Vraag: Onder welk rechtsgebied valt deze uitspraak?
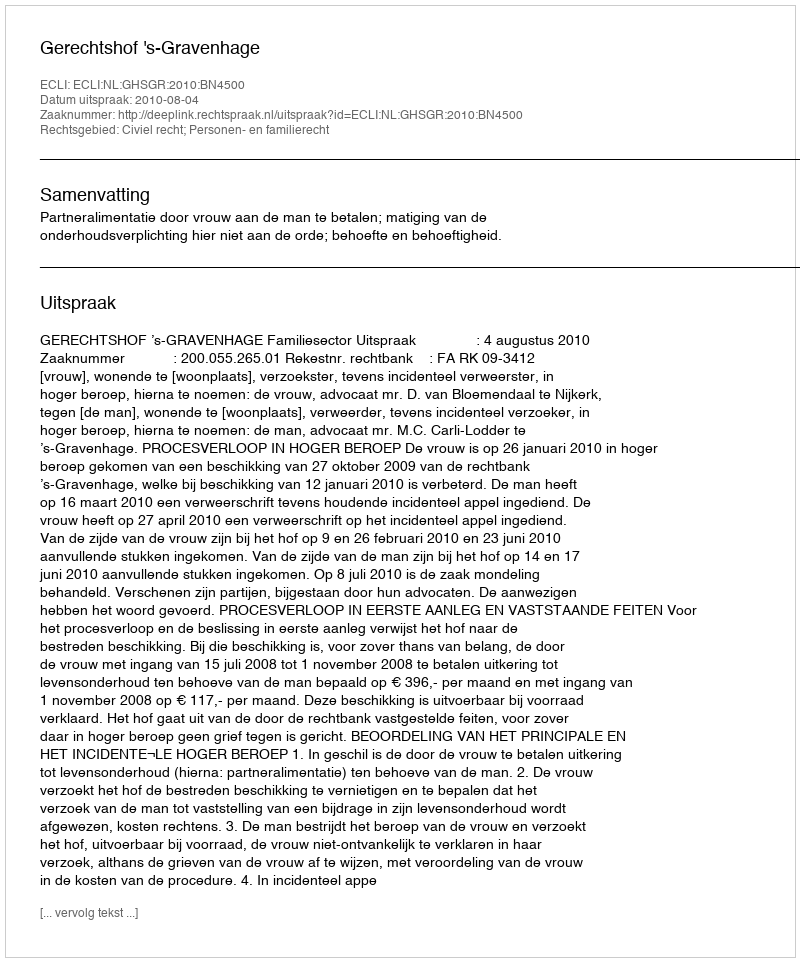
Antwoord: Civiel recht; Personen- en familierecht